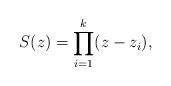
LaTeX: \begin{align*}S(z)=\prod^k_{i=1}(z-z_i),\end{align*}